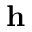
\mathbf { h }